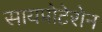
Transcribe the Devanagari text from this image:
सायप्रोटेरोन